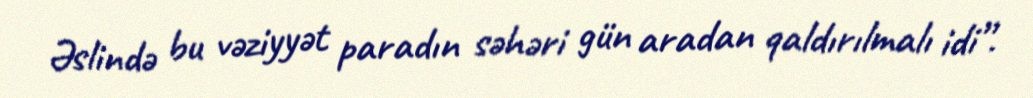
Əslində bu vəziyyət paradın səhəri gün aradan qaldırılmalı idi”.